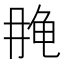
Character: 𱍄